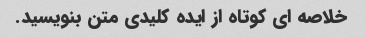
خلاصه ای کوتاه از ایده کلیدی متن بنویسید.